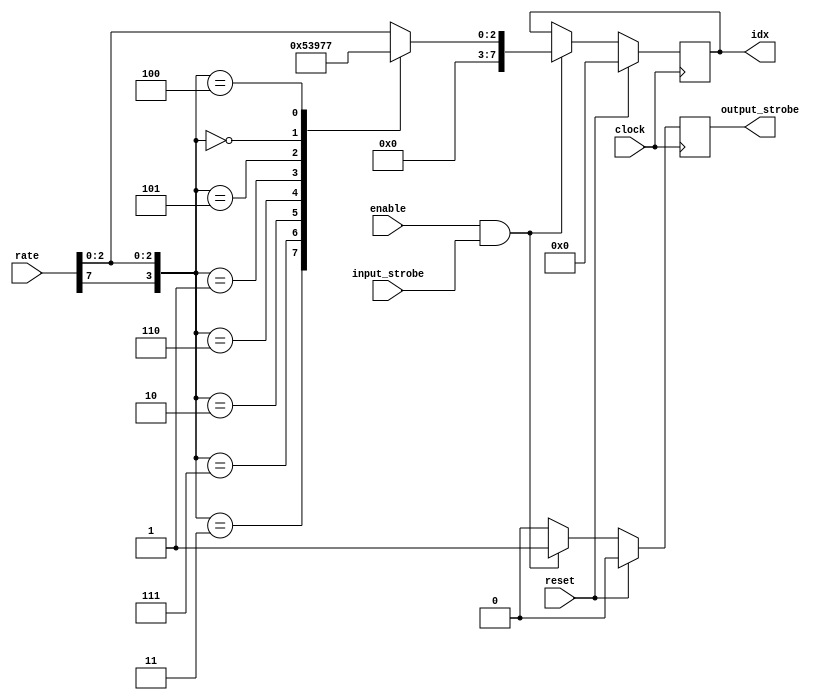
module rate_to_idx
(
    input clock,
    input enable,
    input reset,

    input [7:0] rate,
    input input_strobe,

    output reg [7:0] idx,
    output reg output_strobe
);

always @(posedge clock) begin
    if (reset) begin
        idx <= 0;
        output_strobe <= 0;
    end else if (enable & input_strobe) begin
        case ({rate[7], rate[2:0]})
            4'b0011: begin
                // 6 mbps
                idx <= 0;
            end
            4'b0111: begin
                // 9 mbps
                idx <= 1;
            end
            4'b0010: begin
                // 12 mbps
                idx <= 2;
            end
            4'b0110: begin
                // 18 mbps
                idx <= 3;
            end
            4'b0001: begin
                // 24 mbps
                idx <= 4;
            end
            4'b0101: begin
                // 36 mbps
                idx <= 5;
            end
            4'b0000: begin
                // 48 mbps
                idx <= 6;
            end
            4'b0100: begin
                // 54 mbps
                idx <= 7;
            end
            default: begin
                // mcs
                idx <= {5'b0, rate[2:0]};
            end
        endcase
        output_strobe <= 1;
    end else begin
        output_strobe <= 0;
    end
end

endmodule